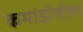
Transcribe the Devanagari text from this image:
कमांडोंतील